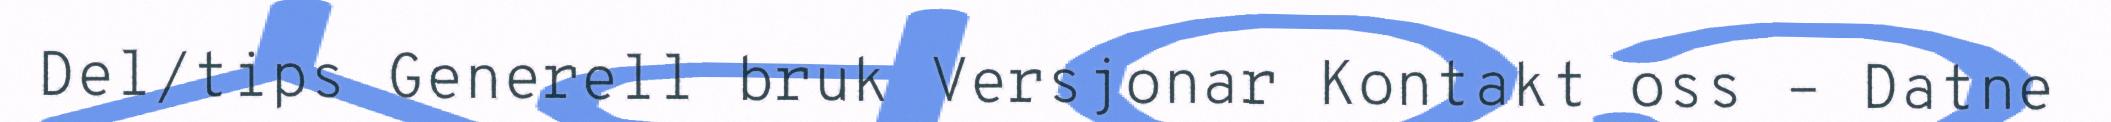
Del/tips Generell bruk Versjonar Kontakt oss – Datne